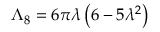
\Lambda _ { 8 } = 6 \pi \lambda \left( 6 - 5 \lambda ^ { 2 } \right)